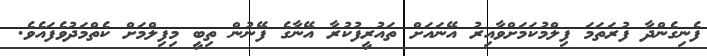
ފެނިގެންދާ ފުރަތަމަ ފިލްމުކަމަށްވާއިރު އޭނައަށް ތައުރީފުކުރާ އޭނާގެ ފޭނުން ތިބީ މިފިލްމަށް ކެތްމަދުވެފައެވެ.